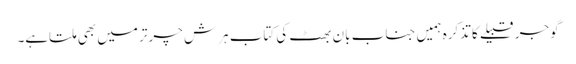
گوجر قبیلے کا تذکرہ ہمیں جناب بان بھٹ کی کتاب ہرش چرتر میں بھی ملتاہے۔